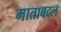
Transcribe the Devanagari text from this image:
माताबदल